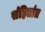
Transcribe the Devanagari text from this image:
संहितांत